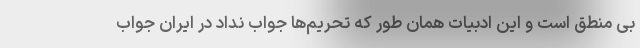
بی منطق است و این ادبیات همان طور که تحریم‌ها جواب نداد در ایران جواب